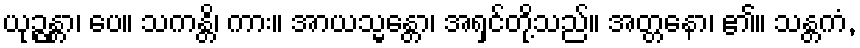
ယုဉ္ဇန္တာ၊ ပေ။ သကန္တိ၊ ကား။ အာယသ္မန္တော၊ အရှင်တို့သည်။ အတ္တနော၊ ၏။ သန္တကံ,